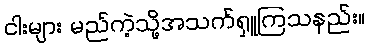
ငါးများ မည်ကဲ့သို့အသက်ရှူကြသနည်း။